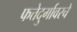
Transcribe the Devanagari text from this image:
फत्तेदुर्गावरचे